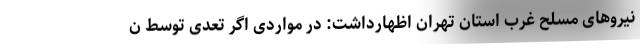
نیروهای مسلح غرب استان تهران اظهارداشت: در مواردی اگر تعدی توسط ن